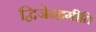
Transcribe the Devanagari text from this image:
द्विजेन्द्रगीति